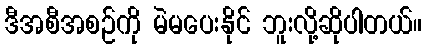
ဒီအစီအစဉ်ကို မဲမပေးနိုင် ဘူးလို့ဆိုပါတယ်။